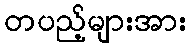
တပည့်များအား